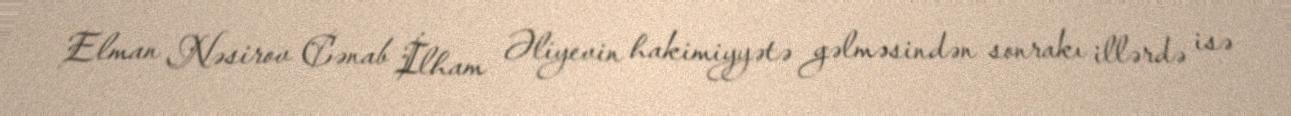
Elman Nəsirov Cənab İlham Əliyevin hakimiyyətə gəlməsindən sonrakı illərdə isə